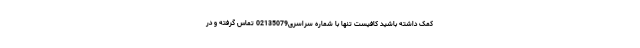
کمک داشته باشید کافیست تنها با شماره سراسری02135079 تماس گرفته و در